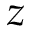
z